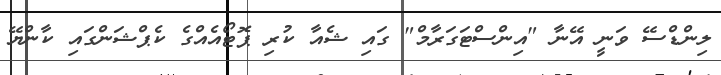
ލިންޑްސޭ ވަނީ އޭނާ "އިންސްޓަގަރާމް" ގައި ޝެއާ ކުރި ޕޮޓޯއެއްގެ ކެޕްޝަންގައި ކާންޔޭ